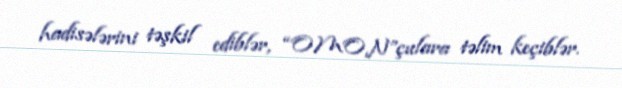
hadisələrini təşkil ediblər, “OMON”çulara təlim keçiblər.